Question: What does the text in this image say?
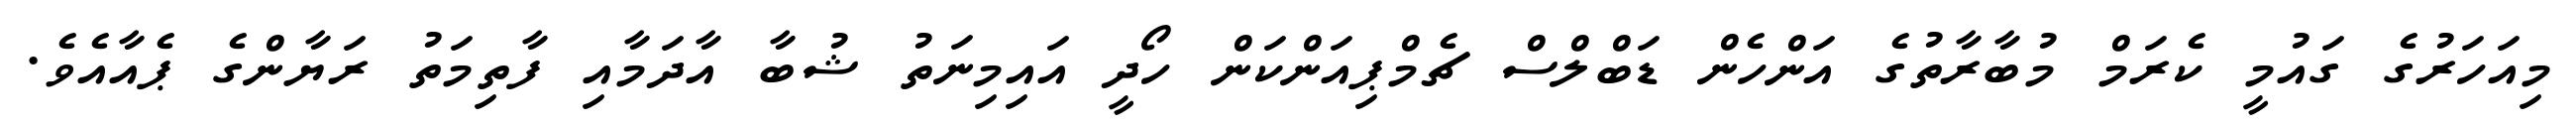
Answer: މިއަހަރުގެ ގައުމީ ކެރަމް މުބާރާތުގެ އަންހެން ޑަބްލްސް ޗެމްޕިއަންކަން ހޯދީ އައިމިނަތު ޝުބާ އާދަމާއި ފާތިމަތު ރަޔާންގެ ޕެއާއެވެ.